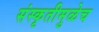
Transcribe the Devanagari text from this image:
संस्कृतीमुळेच